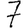
Digit: 7